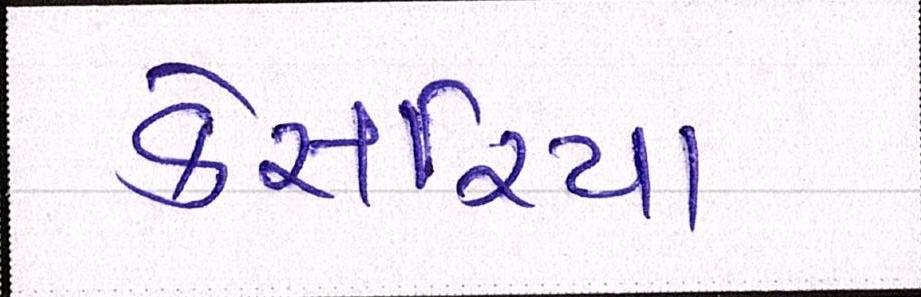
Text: કેસરિયા